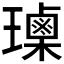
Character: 𰢕